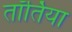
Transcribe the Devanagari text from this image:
तॉर्तिया